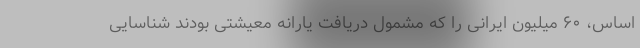
اساس، ۶۰ میلیون ایرانی را که مشمول دریافت یارانه معیشتی بودند شناسایی